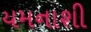
યમનાશી